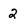
Character: 2